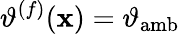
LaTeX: \vartheta^{(f)}(\mathbf{x})=\vartheta_{\mathrm{amb}}